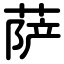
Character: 萨